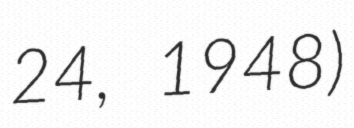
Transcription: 24, 1948)